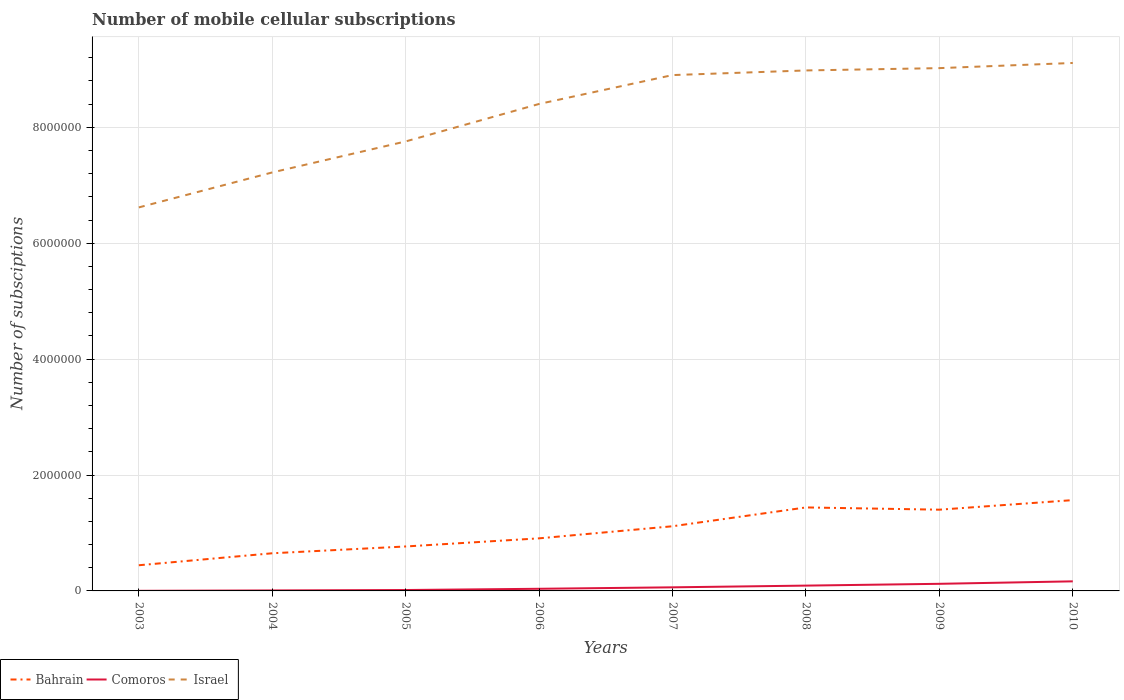
| Years | Bahrain | Comoros | Israel |
 | --- | --- | --- | --- |
 | 2003 | 4.43e+05 | 2e+03 | 6.62e+06 |
 | 2004 | 6.5e+05 | 8.38e+03 | 7.22e+06 |
 | 2005 | 7.67e+05 | 1.55e+04 | 7.76e+06 |
 | 2006 | 9.07e+05 | 3.69e+04 | 8.4e+06 |
 | 2007 | 1.12e+06 | 6.21e+04 | 8.9e+06 |
 | 2008 | 1.44e+06 | 9.17e+04 | 8.98e+06 |
 | 2009 | 1.4e+06 | 1.23e+05 | 9.02e+06 |
 | 2010 | 1.57e+06 | 1.65e+05 | 9.11e+06 |